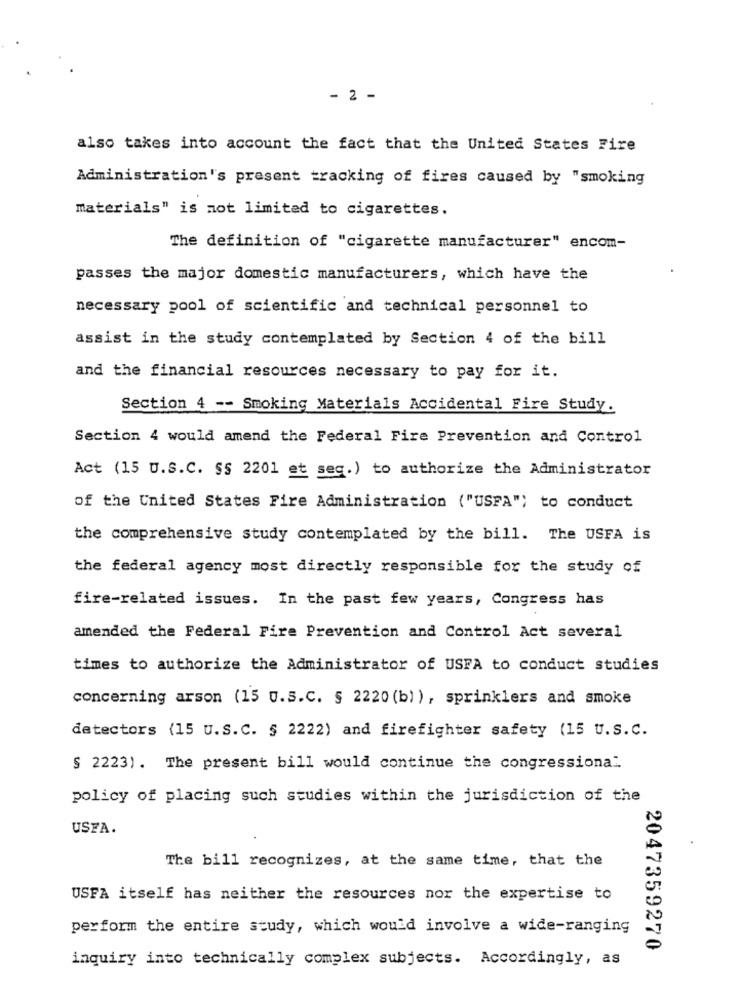
- 2 -
also takes into account the fact that the United States Fire
Administration's present tracking of fires caused by "smoking
materials" is not limited to cigarettes.
The definition of "cigarette manufacturer" encom-
passes the major domestic manufacturers, which have the
necessary pool of scientific and technical personnel to
assist in the study contemplated by Section 4 of the bill
and the financial resources necessary to pay for it.
Section 4 -- Smoking Materials Accidental Fire Study.
Section 4 would amend the Federal Fire Prevention and Control
Act (15 U.S.C. Ss 2201 et seq.) to authorize the Administrator
of the United States Fire Administration ("USFA") to conduct
the comprehensive study contemplated by the bill. The USFA is
the federal agency most directly responsible for the study of
fire-related issues. In the past few years, Congress has
amended the Federal Fire Prevention and Control Act several
times to authorize the Administrator of USFA to conduct studies
concerning arson (15 U.S.C. § 2220 (b)), sprinklers and smoke
detectors (15 U.S.C. § 2222) and firefighter safety (15 U.S.C.
§ 2223) . The present bill would continue the congressional
policy of placing such studies within the jurisdiction of the
USTA.
The bill recognizes, at the same time, that the
USFA itself has neither the resources nor the expertise to
perform the entire study, which would involve a wide-ranging
2047359270
inquiry into technically complex subjects. Accordingly, as